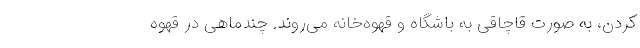
کردن، به صورت قاچاقی به باشگاه و قهوه‌خانه می‌روند. چندماهی در قهوه